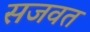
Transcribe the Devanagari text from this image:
सजवत